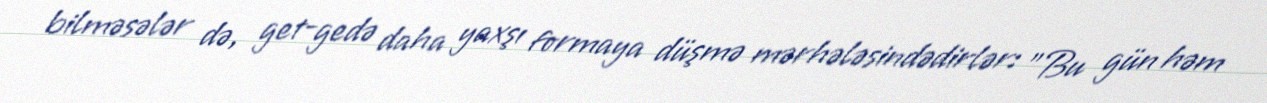
bilməsələr də, get-gedə daha yaxşı formaya düşmə mərhələsindədirlər: "Bu gün həm